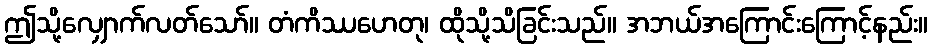
ဤသို့လျှောက်လတ်သော်။ တံကိဿဟေတု၊ ထိုသို့သိခြင်းသည်။ အဘယ်အကြောင်းကြောင့်နည်း။